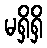
မရှိရှိ